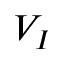
V _ { I }